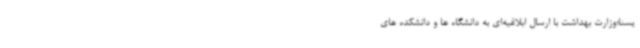
یسنا؛وزارت بهداشت با ارسال ابلاغیه‌ای به دانشگاه ها و دانشکده های